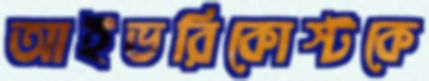
আইভরিকোস্টকে